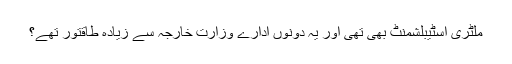
ملٹری اسٹیبلشمنٹ بھی تھی اور یہ دونوں ادارے وزارت خارجہ سے زیادہ طاقتور تھے؟